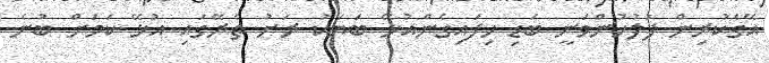
އޭގެކުރިން ފުލުހުންވަނީ ބަޑި ހިފައިގެންއުޅޭ ބަޔަކު ރަށު ތެރޭގައި އުޅޭ ކަމަށް ބުނެ